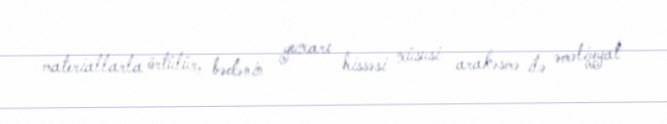
materiallarla örtülür, bədənin yuxarı hissəsi xüsusi arakəsmə ilə əməliyyat